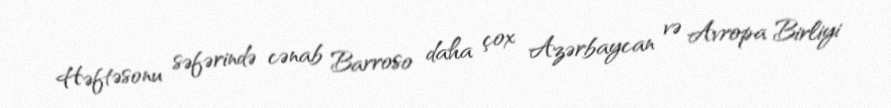
Həftəsonu səfərində cənab Barroso daha çox Azərbaycan və Avropa Birliyi